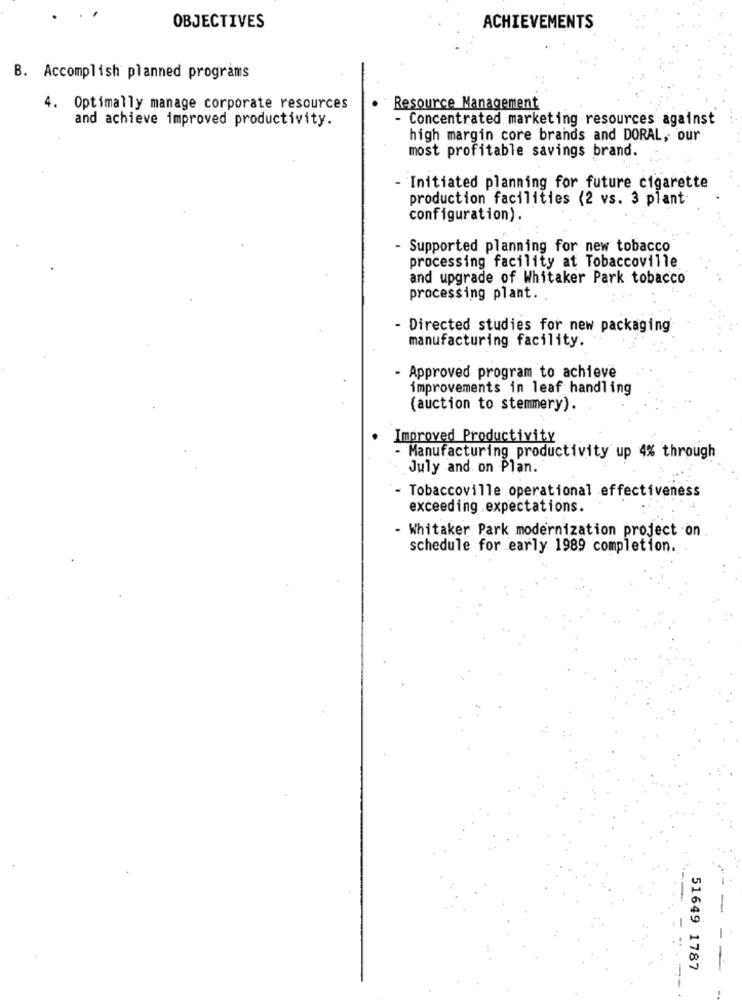
OBJECTIVES
ACHIEVEMENTS
B. Accomplish planned programs
4. Optimally manage corporate resources
· Resource Management
and achieve improved productivity.
- Concentrated marketing resources against
high margin core brands and DORAL, our
most profitable savings brand.
- Initiated planning for future cigarette
production facilities (2 vs. 3 plant
configuration).
- Supported planning for new tobacco
processing facility at Tobaccoville
and upgrade of Whitaker Park tobacco
processing plant ..
- Directed studies for new packaging
manufacturing facility.
- Approved program to achieve
improvements in leaf handling
(auction to stemmery).
Improved Productivity
Manufacturing productivity up 4% through
July and on Plan.
- Tobaccoville operational effectiveness
exceeding .expectations.
- Whitaker Park modernization project on
schedule for early 1989 completion.
51649 1787